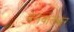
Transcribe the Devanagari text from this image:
बेलवालकर